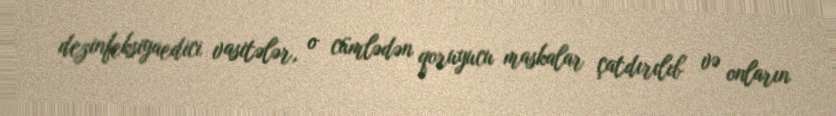
dezinfeksiyaedici vasitələr, o cümlədən qoruyucu maskalar çatdırılıb və onların